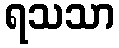
ရသသာ